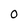
Character: O